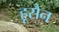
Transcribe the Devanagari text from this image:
हूसैन